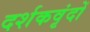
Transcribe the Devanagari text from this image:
दर्शकवृंदों